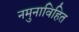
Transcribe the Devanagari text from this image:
नमुनाविहित